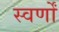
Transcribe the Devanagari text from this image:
स्वर्णों